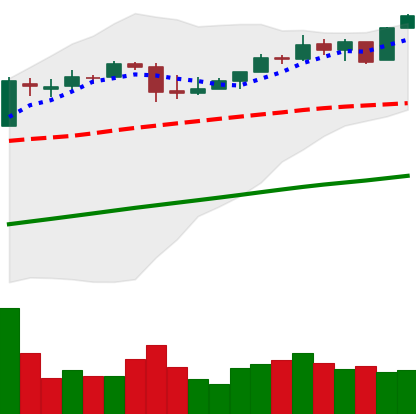
Ticker: BTC-USD
Chart end date: 2017-04-25
Forward return: 6.511%
Label: up_5_7